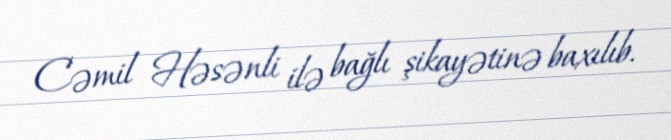
Cəmil Həsənli ilə bağlı şikayətinə baxılıb.